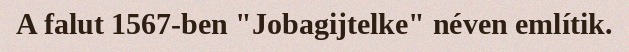
A falut 1567-ben "Jobagijtelke" néven említik.